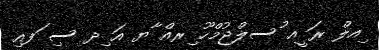
ިއލް ރަ ީއ ުސލްޖުމްހޫ ިރއް ާޔ އަ ިދ ސި ަފއި